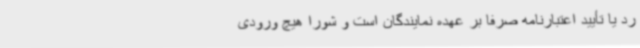
رد یا تأیید اعتبارنامه صرفاً بر عهده نمایندگان است و شورا هیچ ورودی